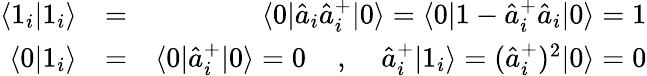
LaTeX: \begin{array}{rlr}{\langle 1_{i}|1_{i}\rangle}&{=}&{\langle 0|\hat{a}_{i}\hat{a}_{i}^{+}|0\rangle=\langle 0|1-\hat{a}_{i}^{+}\hat{a}_{i}|0\rangle=1}\\ {\langle 0|1_{i}\rangle}&{=}&{\langle 0|\hat{a}_{i}^{+}|0\rangle=0\; \; \; \; ,\; \; \; \; \hat{a}_{i}^{+}|1_{i}\rangle=(\hat{a}_{i}^{+})^{2}|0\rangle=0}\end{array}